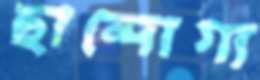
ছান্দোগ্য